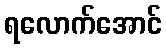
ရလောက်အောင်